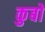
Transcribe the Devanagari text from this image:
कुबो